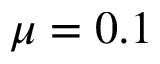
\mu = 0 . 1